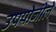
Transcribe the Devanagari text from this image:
उपयोजीले